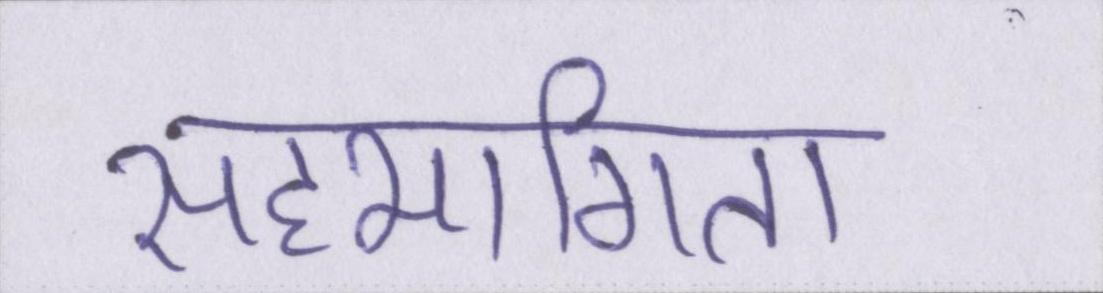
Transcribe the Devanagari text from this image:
सहभागिता